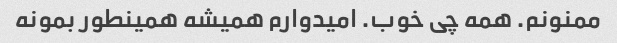
ممنونم. همه چی خوب. امیدوارم همیشه همینطور بمونه